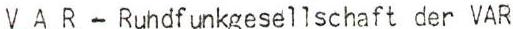
VAR - Ruhdfunkgesellschaft der VAR